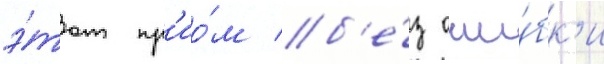
э́тот пр'ио́м б'е́з оши́бк'и